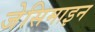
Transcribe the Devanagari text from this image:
जेसिमाइन